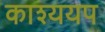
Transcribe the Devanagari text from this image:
काश्ययप